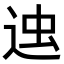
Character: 𨒷